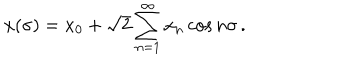
x ( \sigma ) = x _ { 0 } + \sqrt { 2 } \sum _ { n = 1 } ^ { \infty } x _ { n } \cos n \sigma \, .